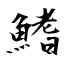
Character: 鰭